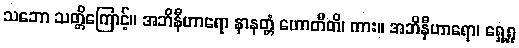
သဘော သတ္တိကြောင့်။ အဘိနီဟာရော နာနတ္တံ ဟောတီတိ၊ ကား။ အဘိနီဟာရော၊ ရှေ့ရှု